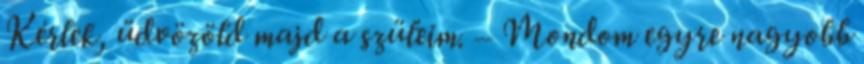
Kérlek, üdvözöld majd a szüleim. – Mondom egyre nagyobb